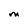
Character: M